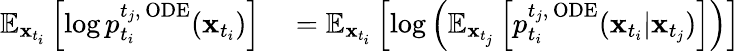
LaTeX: \begin{array}{rl}{\mathbb{E}_{\mathbf{x}_{t_{i}}}\left[\log p_{t_{i}}^{t_{j},\, \mathrm{ODE}}(\mathbf{x}_{t_{i}})\right]}&{{}=\mathbb{E}_{\mathbf{x}_{t_{i}}}\left[\log\left(\mathbb{E}_{\mathbf{x}_{t_{j}}}\left[p_{t_{i}}^{{t_{j}},\, \mathrm{ODE}}(\mathbf{x}_{t_{i}}|\mathbf{x}_{t_{j}})\right]\right)\right]}\end{array}